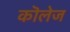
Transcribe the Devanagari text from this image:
कॊलेज